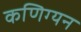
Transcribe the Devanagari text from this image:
कणिग्यन